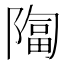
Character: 𫕑